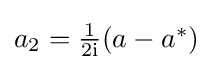
{\textstyle a_{2}={\frac {1}{2\mathrm {i} }}(a-a^{*})}